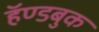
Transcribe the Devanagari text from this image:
हॅण्डबुक